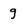
Character: g